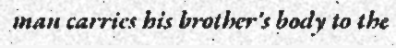
man carries his brother's body to the